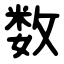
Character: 数